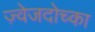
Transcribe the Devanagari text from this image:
ज़्वेजदोच्का